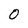
Character: 0